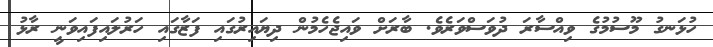
ހުޅަނގު މޫސުމުގެ ވިއްސާރަ ދުވަސްވަރެވެ. ބާރަށް ވައިޖެހެމުން ދިޔައިރުގައި ފަޒާގައި ހަރުލައިފައިވަނީ ރާޅު